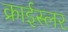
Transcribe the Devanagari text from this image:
क्राईस्लर